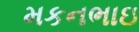
મકનભાઇ